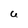
Character: U